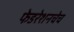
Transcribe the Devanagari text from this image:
फेडरेशनचेच